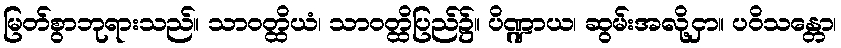
မြတ်စွာဘုရားသည်။ သာဝတ္ထိယံ၊ သာဝတ္ထိပြည်၌။ ပိဏ္ဍာယ၊ ဆွမ်းအလို့ငှာ။ ပဝိသန္တော၊